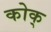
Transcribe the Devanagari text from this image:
कोक्